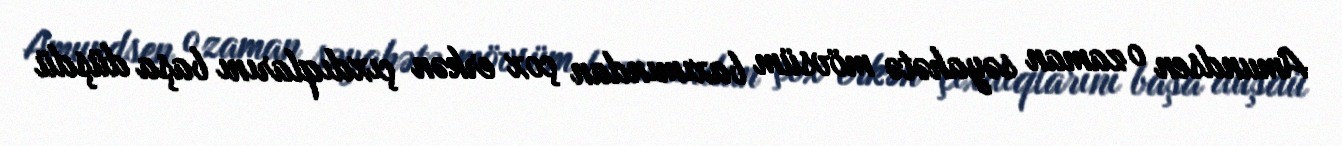
Amundsen o zaman səyahətə mövsüm baxımından çox erkən çıxdıqlarını başa düşdü